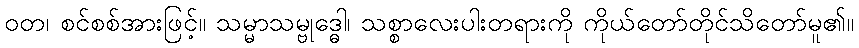
ဝတ၊ စင်စစ်အားဖြင့်။ သမ္မာသမ္ဗုဒ္ဓေါ၊ သစ္စာလေးပါးတရားကို ကိုယ်တော်တိုင်သိတော်မူ၏။